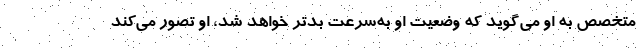
متخصص به او می‌گوید که وضعیت او به‌سرعت بدتر خواهد شد، او تصور می‌کند